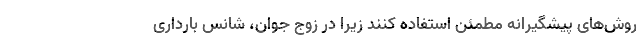
روش‌‌های پیشگیرانه مطمئن استفاده کنند زیرا در زوج جوان، شانس بارداری